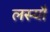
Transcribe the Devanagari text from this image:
लस्यौ